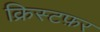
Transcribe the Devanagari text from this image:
क्रिस्टफ़र